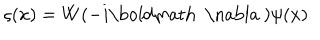
\varsigma ( x ) = W ( - i \mathrm { \boldmath ~ \nabla ~ } ) \psi ( x )